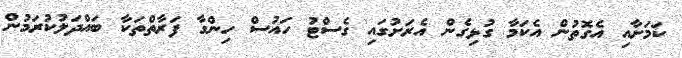
ކަމަށާއި އެގޮތުން އެކަމާ ގުޅިގެން އެރަށުގައި ގެސްޓު ހައުސް ހިންގާ ފަރާތްތަކާ ބައްދަލުކުރަމުން